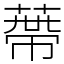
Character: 蔕